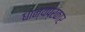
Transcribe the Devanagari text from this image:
धान्यप्रकार